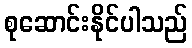
စုဆောင်းနိုင်ပါသည်